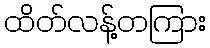
ထိတ်လန့်တကြား